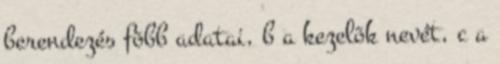
berendezés fõbb adatai, b a kezelõk nevét, c a